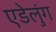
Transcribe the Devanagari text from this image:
एडेलुंग